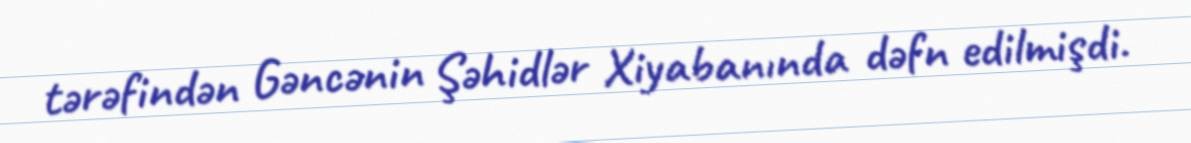
tərəfindən Gəncənin Şəhidlər Xiyabanında dəfn edilmişdi.